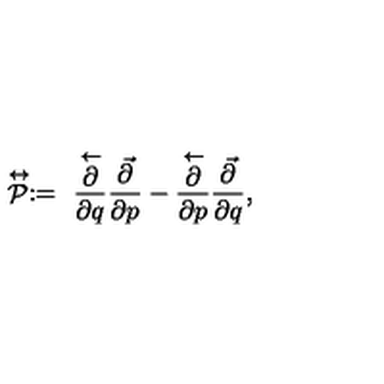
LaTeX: \stackrel { \leftrightarrow } { \cal P } : = \ \frac { \stackrel { \leftarrow } { \partial } } { \partial q } \frac { \vec { \partial } } { \partial p } - \frac { \stackrel { \leftarrow } { \partial } } { \partial p } \frac { \vec { \partial } } { \partial q } ,